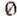
0